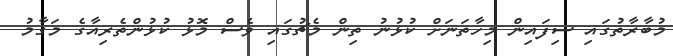
މުބާރާތުގައި ސިފައިން މިހާތަނަށް ކުޅުނު ތިން މެޗުގައި ވެސް މޮޅު ކުޅުންތެރިއާގެ މަގާމު